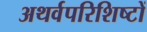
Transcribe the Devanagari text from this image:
अथर्वपरिशिष्टों